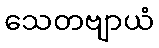
သေတဗျာယံ